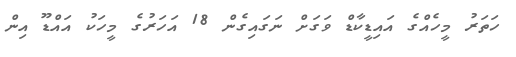
ހަތަރު މީހެއްގެ އައިޑީކާޑް ވަގަށް ނަގައިގެން 18 އަހަރުގެ މީހަކު އައްޑޫ އިން